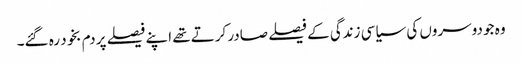
وہ جو دوسروں کی سیاسی زندگی کے فیصلے صادر کرتے تھے اپنے فیصلے پر دم بخود رہ گئے۔